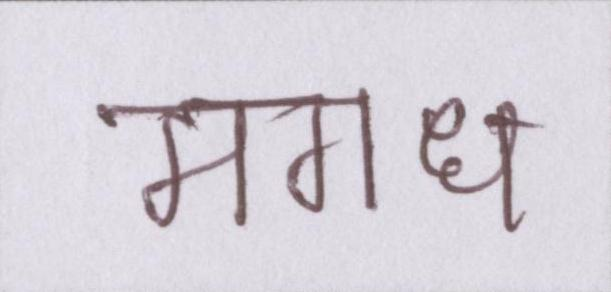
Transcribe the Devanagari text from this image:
मगध